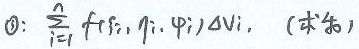
$0:\sum_{i = 1}^{n} f(\xi_{i}, \eta_{i}, \varphi_{i})\Delta V_{i}, \quad (\text{式}6)$